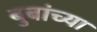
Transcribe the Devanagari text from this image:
बुबांच्या